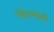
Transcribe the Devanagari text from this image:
आग्‍नेय